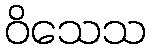
ဝိသေသ